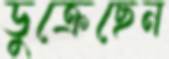
ডুক্‌রেছেন